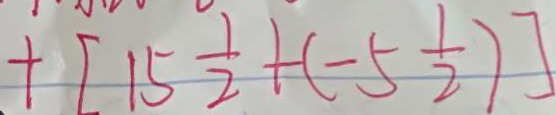
+ [ 1 5 \frac { 1 } { 2 } + ( - 5 \frac { 1 } { 2 } ) ]